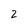
Character: 2